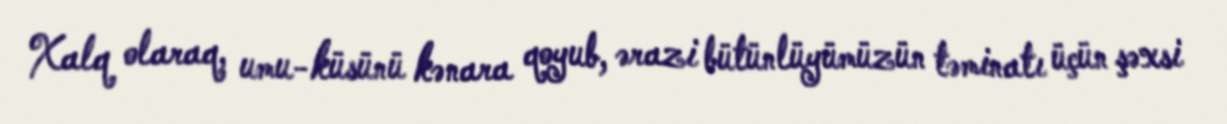
Xalq olaraq, umu-küsünü kənara qoyub, ərazi bütünlüyümüzün təminatı üçün şəxsi